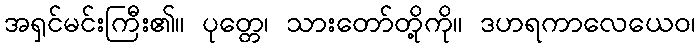
အရှင်မင်းကြီး၏။ ပုတ္တေ၊ သားတော်တို့ကို။ ဒဟရကာလေယေဝ၊